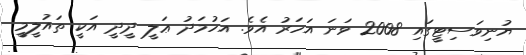
ޔުނިވަސިޓީގައި 2008 ވަނަ އަހަރު އެވެ. އަހުމަދު ޢަލީ ދީދީ އަކީ ތައުލީމީ